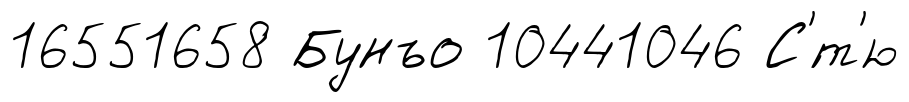
16551658 Бунъо 10441046 С'́т'ю